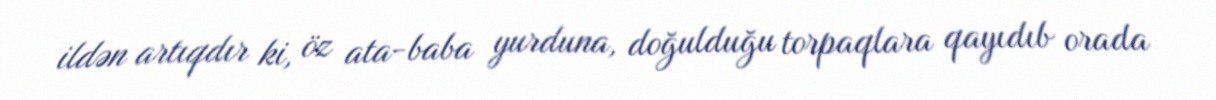
ildən artıqdır ki, öz ata-baba yurduna, doğulduğu torpaqlara qayıdıb orada